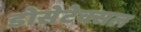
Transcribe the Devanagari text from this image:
डोसेटेक्सल